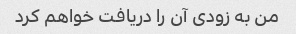
من به زودی آن را دریافت خواهم کرد